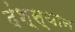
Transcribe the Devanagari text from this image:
दंश्स्थान